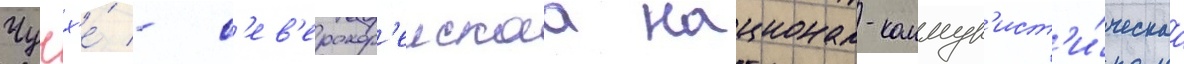
Чучх'е́ - с'ев'ерокор'еискаа национал-коммун'ист'и́ческаа